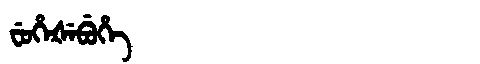
Manchu: ᠸᡠᡥᡝᡧᡝᠪᡠᡥᡝ
Romanization: FUHEŠEBUHE